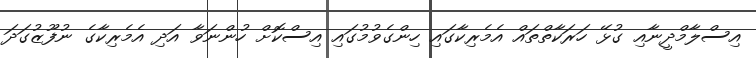
އިސްލާމްދީނާއި ގުޅޭ ހަރަކާތްތައް އެމެރިކާގައި ހިންގެވުމުގައި އިސްކޮށް ހުންނަވާ އަދި އެމެރިކާގެ ނުފޫޒުގަދަ